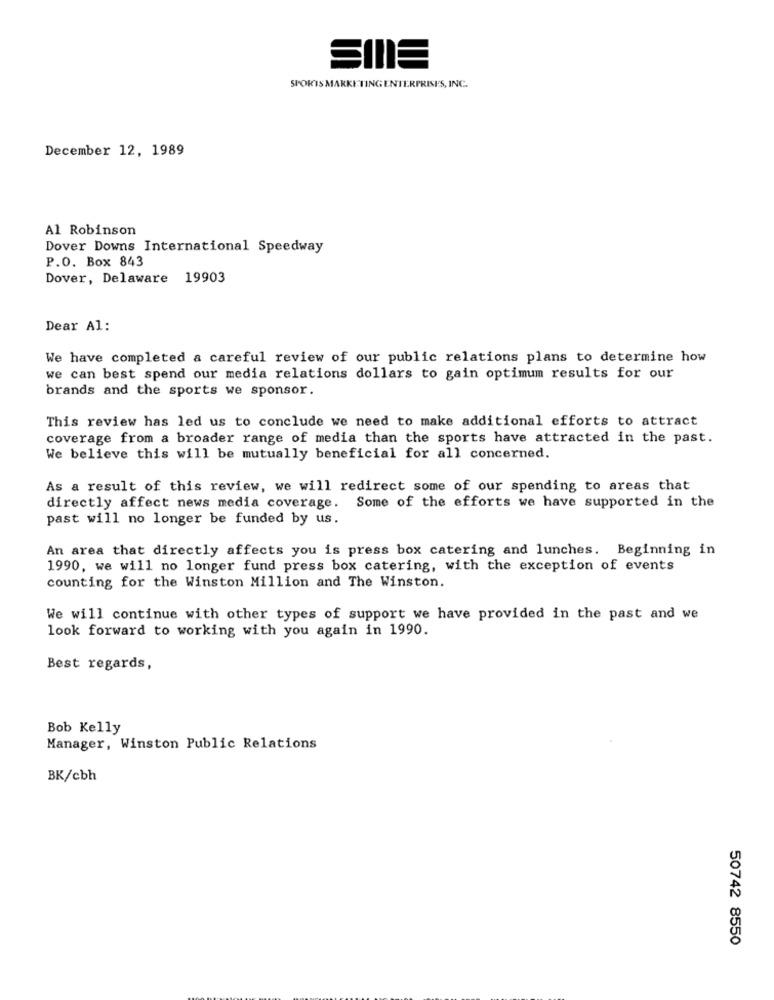
SPORTS MARKETING ENTERPRISES, INC.
December 12, 1989
Al Robinson
Dover Downs International Speedway
P.O. Box 843
Dover, Delaware 19903
Dear Al:
We have completed a careful review of our public relations plans to determine how
we can best spend our media relations dollars to gain optimum results for our
brands and the sports we sponsor.
This review has led us to conclude we need to make additional efforts to attract
coverage from a broader range of media than the sports have attracted in the past.
We believe this will be mutually beneficial for all concerned.
As a result of this review, we will redirect some of our spending to areas that
directly affect news media coverage. Some of the efforts we have supported in the
past will no longer be funded by us.
An area that directly affects you is press box catering and lunches. Beginning in
1990, we will no longer fund press box catering, with the exception of events
counting for the Winston Million and The Winston.
We will continue with other types of support we have provided in the past and we
look forward to working with you again in 1990.
Best regards,
Bob Kelly
Manager, Winston Public Relations
BK/cbh
50742 8550